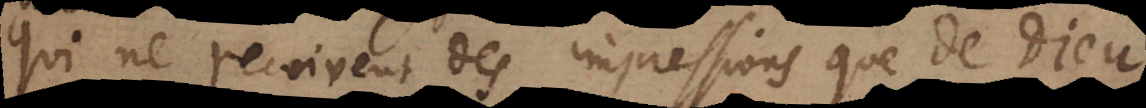
qui ne recoivent des impressions que de Dieu,